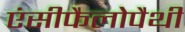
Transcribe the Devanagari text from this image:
एंसीफैलोपैथी